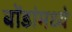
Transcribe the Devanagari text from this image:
बोंडांमध्ये